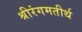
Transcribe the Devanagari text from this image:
श्रीरंगमतीर्थ